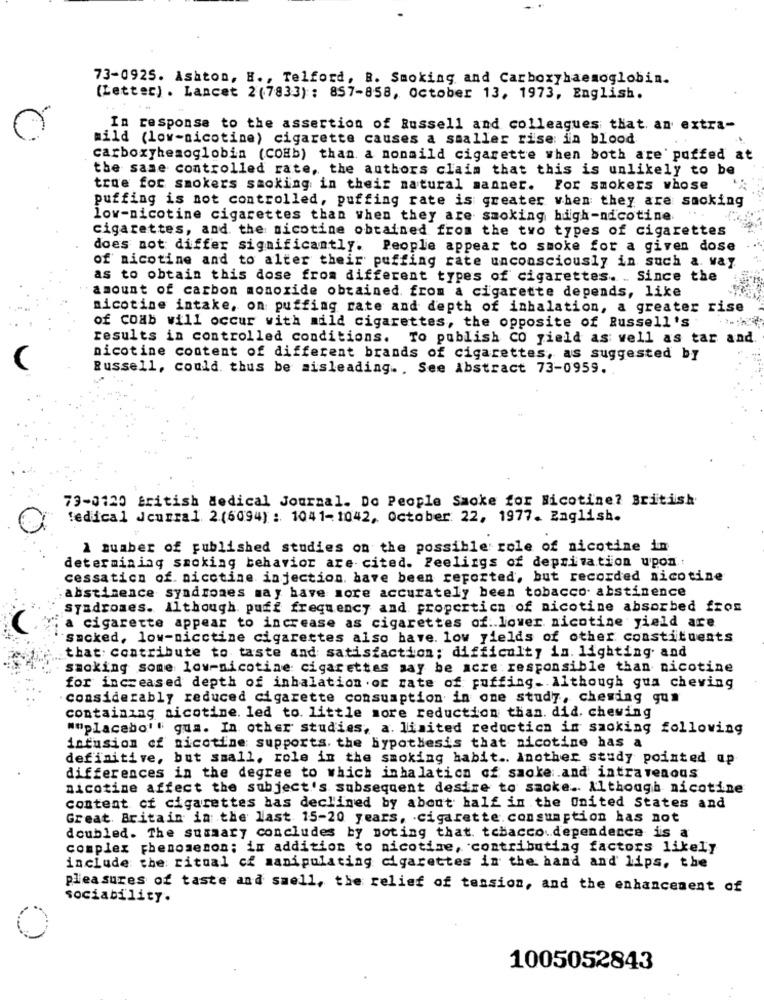
73-0925. Ashton, H ., Telford, B. Smoking and Carboxyhaemoglobin.
(Letter) . Lancet 2(7833): 857-858, October 13, 1973, English.
In response to the assertion of Russell and colleagues that. an extra-
mild (low-nicotine) cigarette causes a smaller rise: in blood
carboxyhemoglobin (COHb) than. a nonmild cigarette when both are puffed at
the same controlled rate, the authors claim that this is unlikely to be
true for smokers smoking in their natural manner. For smokers whose
puffing is not controlled, puffing rate is greater when they are smoking
low-nicotine cigarettes than when they are smoking high-nicotine ".
cigarettes, and the nicotine obtained from the two types of cigarettes
does not differ significantly. People appear to smoke for a given dose
of nicotine and to alter their puffing rate unconsciously in such a. way.
as to obtain this dose from different types of cigarettes. . Since the
amount of carbon monoxide obtained from a cigarette depends, like
nicotine intake, on puffing rate and depth of inhalation, a greater rise
of coab will occur with mild cigarettes, the opposite of Russell's
results in controlled conditions. To publish CO yield as well as tar and
nicotine content of different brands of cigarettes, as suggested by
Russell, could. thus be misleading ., See Abstract 73-0959.
73-0120 British Medical Journal. Do People Smoke for Nicotine? British
fedical Jcurral 2(6094): 1041-1042, October 22, 1977. English.
1 number of published studies on the possible role of nicotine in
determining smoking behavior are cited. Peelings of deprivation upon .:
cessation of. nicotine injection. have been reported, but recorded nicotine
abstinence syndromes may have more accurately been tobacco abstinence
syndromes. Although. puff frequency and properticn of nicotine absorbed fros
a cigarette appear to increase as cigarettes of. lower nicotine yield are
smoked, low-nicctine cigarettes also have. low yields of other constituents
that: contribute to taste and satisfaction; difficulty in. lighting and
smoking some low-nicotine cigarettes may be acre responsible than nicotine
for increased depth of inhalation .or rate of puffing. Although gua chewing
considerably reduced cigarette consumption in one study, chewing gum
containing nicotine. led to. little more reduction than. did. chewing
""placebo'" gua. In other studies, a. limited reduction in saoking following
infusion of nicotine supports. the hypothesis that nicotine has a
definitive, but small, role in the smoking habit .. Inother study pointed ap
differences in the degree to which inhalation of smoke.and intravenous
nicotine affect the subject's subsequent desire to sacke. Although nicotine
content of cigarettes has declined by about half in the United States and
Great Britain in the last 15-20 years, cigarette. consumption has not
doubled. The summary concludes by noting that. tobacco dependence is a
complex phenomenon; in addition to nicotine, contributing factors likely
include the ritual cf manipulating cigarettes in the hand and lips, the
pleasures of taste and smell, the relief of tension, and the enhancement of
sociability.
1005052843